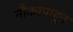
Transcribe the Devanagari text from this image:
नौकापाहून